Bréfritari: Þorsteinn Þorsteinsson
Viðtakandi: Jón Borgfirðingur
Dagsetning: A-1859-10-20
Skrifað á: Bæ á Höfðaströnd  Skag.

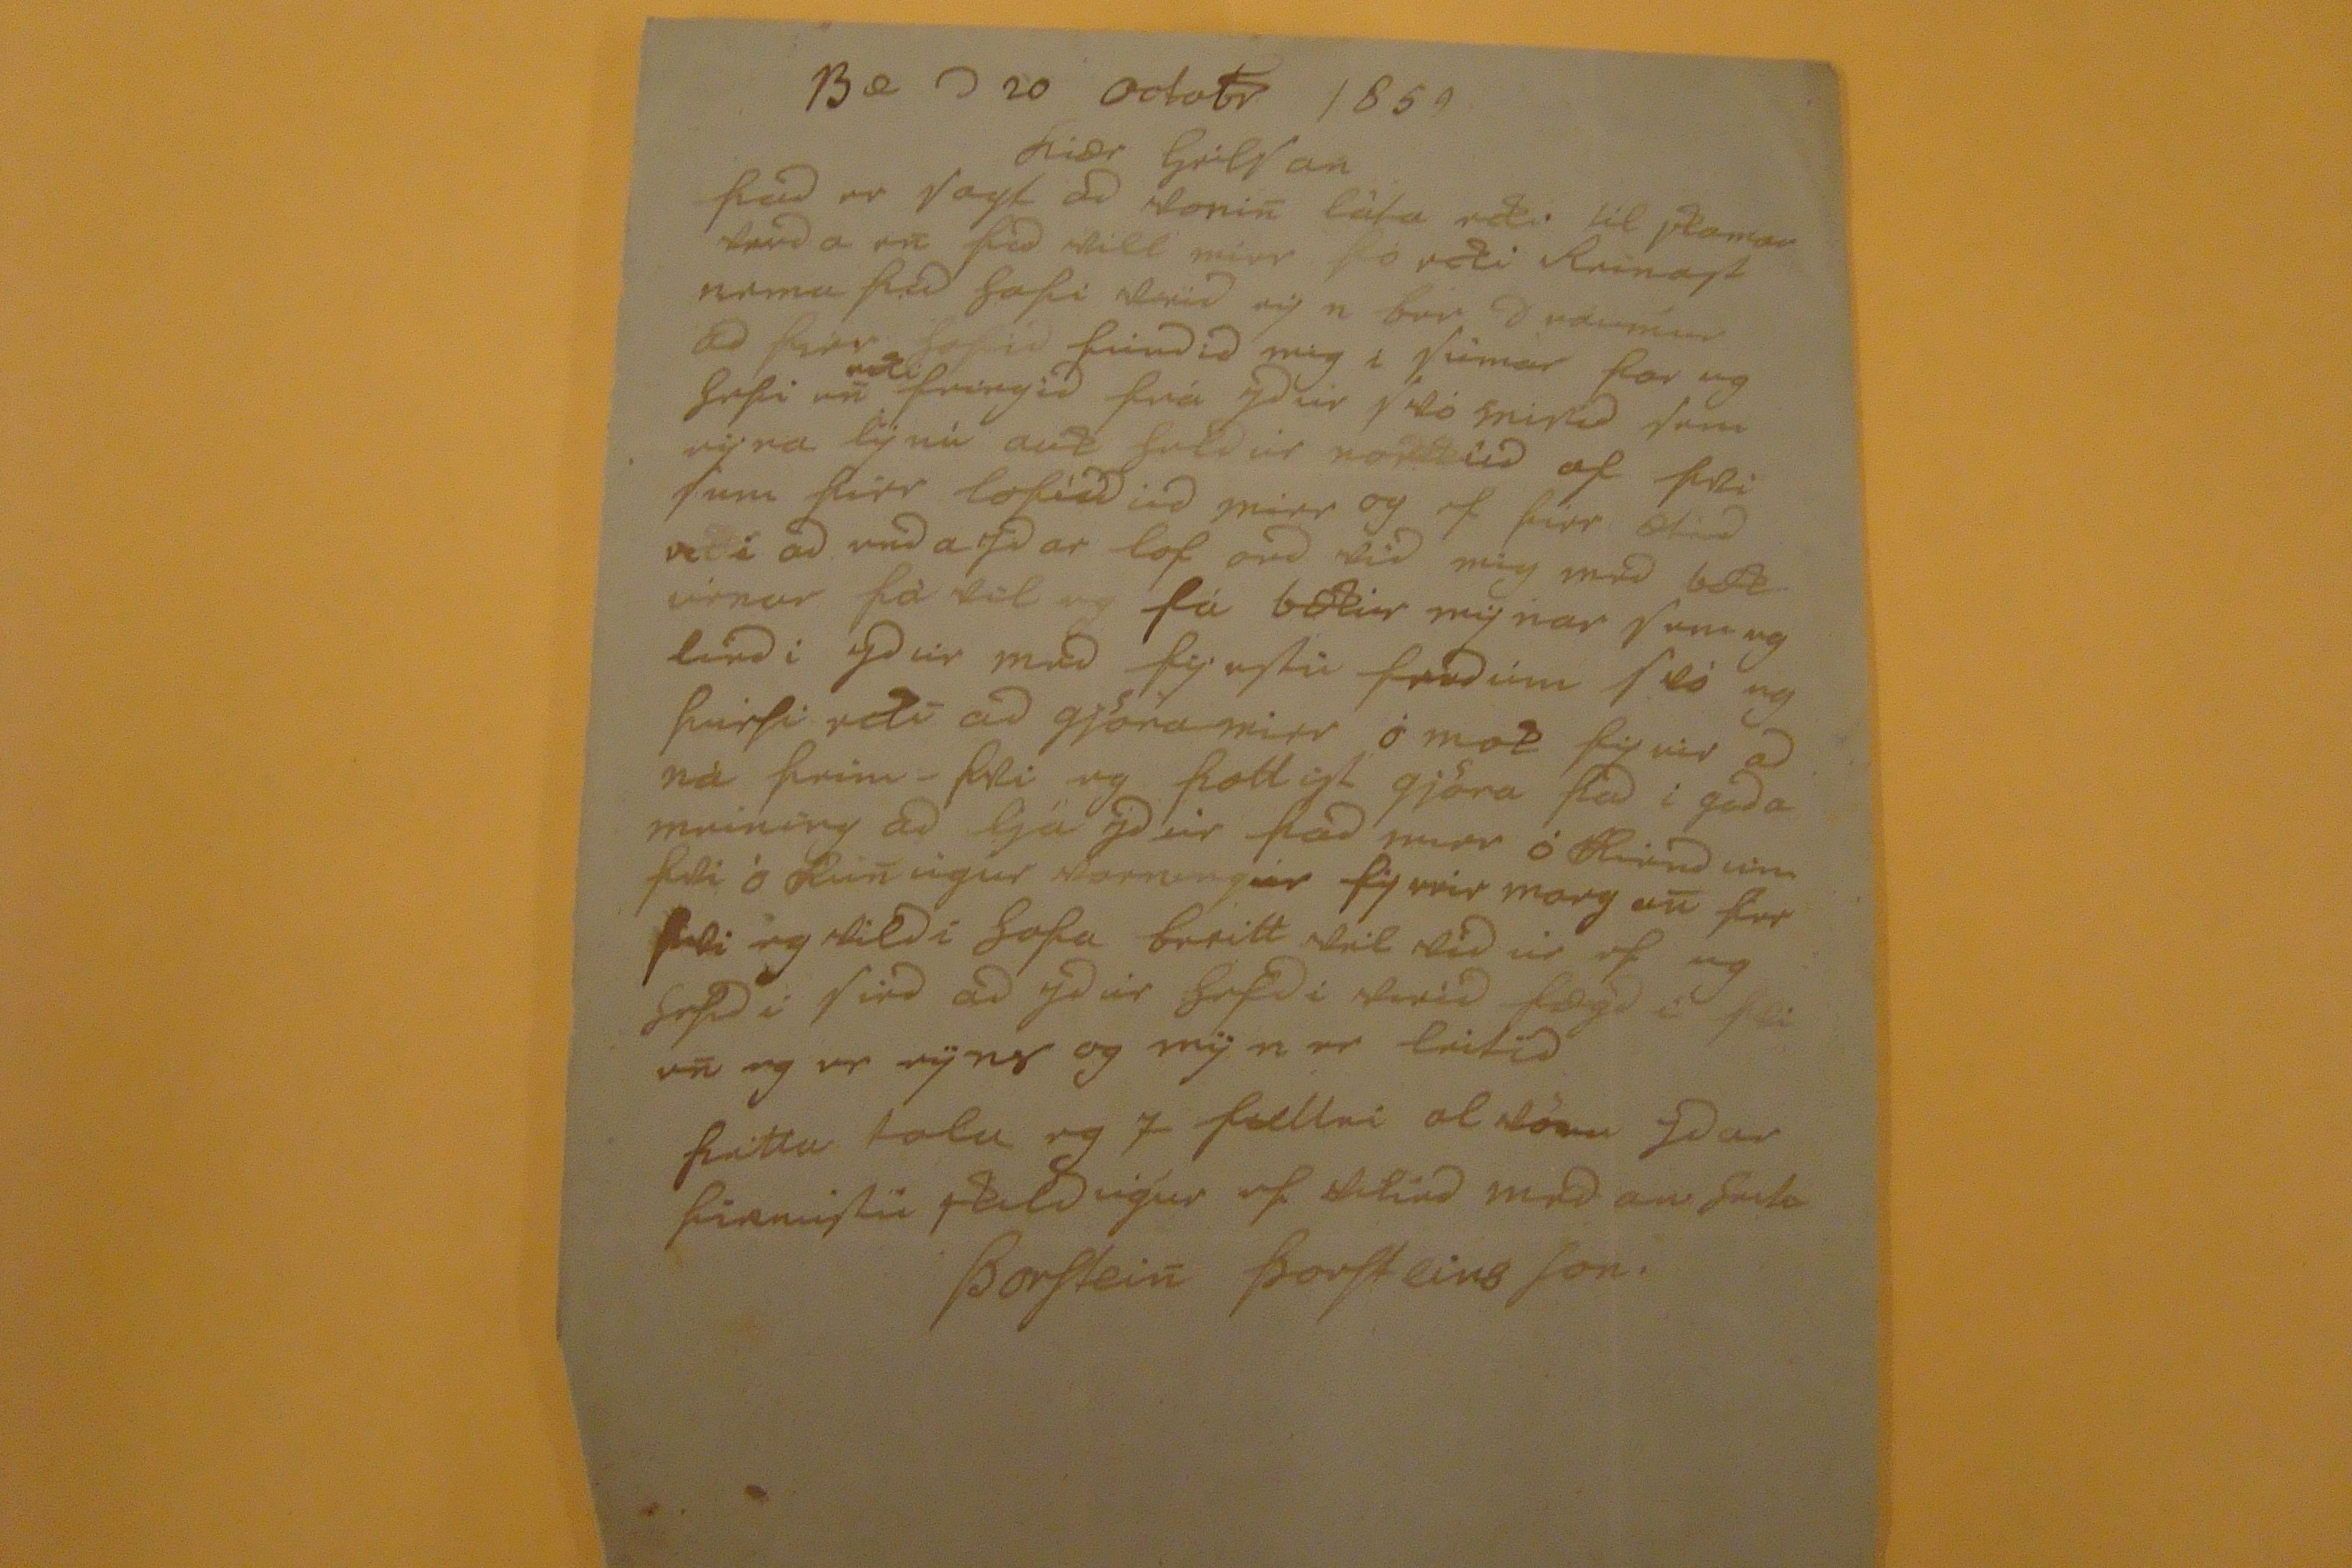

Bæ
D
20 octobr 1859
Kiær heilSan
þad er Sagt ad
konin
làta
ndi til skamar ferda
en þid skill mier þó eki Reinast nema þad
safi skipid
sig n bir d naumar ad firir so þid fundid mig i Sumar þar eg
Sefi um
ndi
feingid frá ydur
skó snipid
sem
rijra lÿ nú
auk seld úr nokkúd af því Sem firr lofidd vid mier og of firr ætid veti ad
unda ydar
lof
erd
vid mig med
bok vinar
fà til eg fá
bækir mig nar Sem
eg lendi ydur med þig eptir frædúm
Svó
eg
hirfi eki
ad gjöra mier ó mak þig var ad ná þeim-
kki
eg þottist gjöra þad i goda meining ad ljá ydúr þad mer ó
Kirndi um þvi ó Kunsigur
kornungur fyrrir morgun firr
fali
eg skildi Sofa
breitt skil
bidúr of eg Sofid í Sind ad ydur Sofdi stríd lægd í fliun eg var
rÿns
og mÿn er
leitid
þetta tala eg I fullri alvöru ydar þienustu
Skildugur af sletird
medan
Lifa
Þorstein ÞorsteinsSon.